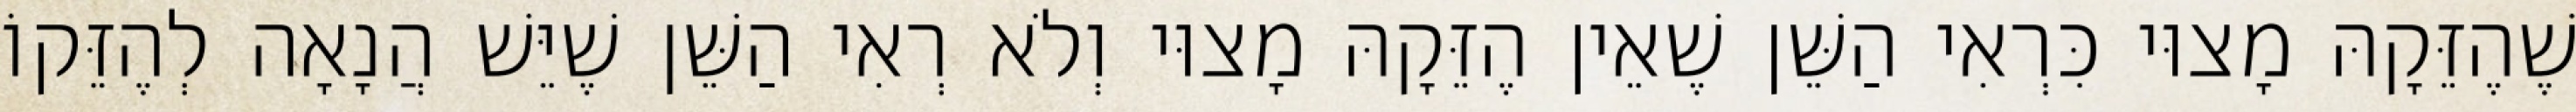
שֶׁהֶזֵּקָהּ מָצוּי כִּרְאִי הַשֵּׁן שֶׁאֵין הֶזֵּקָהּ מָצוּי וְלֹא רְאִי הַשֵּׁן שֶׁיֵּשׁ הֲנָאָה לְהֶזֵּקוֹ